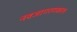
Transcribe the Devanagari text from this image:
नवजागरणकाल